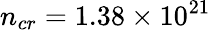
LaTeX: n_{cr}=1.38\times 10^{21}